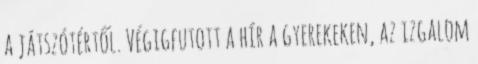
a játszótértől. Végigfutott a hír a gyerekeken, az izgalom